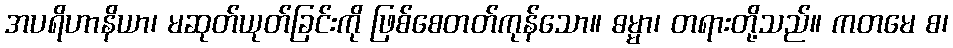
အပရိဟာနိယာ၊ မဆုတ်ယုတ်ခြင်းကို ဖြစ်စေတတ်ကုန်သော။ ဓမ္မာ၊ တရားတို့သည်။ ကတမေ စ၊